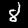
Digit: 8